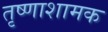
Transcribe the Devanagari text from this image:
तृष्णाशामक